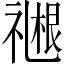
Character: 𬓓